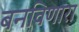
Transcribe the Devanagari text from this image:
बनविणारा